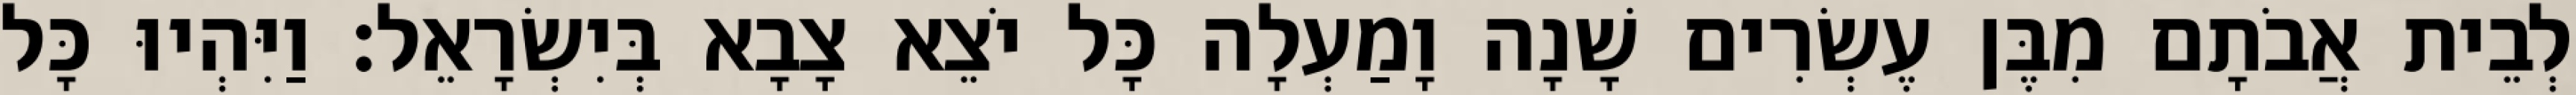
לְבֵית אֲבֹתָם מִבֶּן עֶשְׂרִים שָׁנָה וָמַעְלָה כָּל יֹצֵא צָבָא בְּיִשְׂרָאֵל׃ וַיִּהְיוּ כָּל